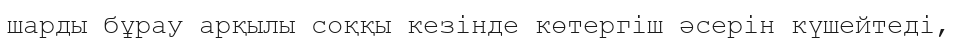
шарды бұрау арқылы соққы кезінде көтергіш әсерін күшейтеді,